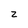
Character: 2